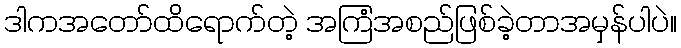
ဒါကအတော်ထိရောက်တဲ့ အကြံအစည်ဖြစ်ခဲ့တာအမှန်ပါပဲ။